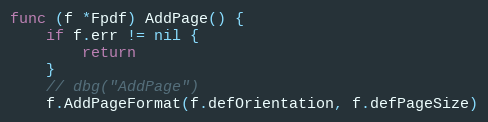
Language: Go
func (f *Fpdf) AddPage() {
	if f.err != nil {
		return
	}
	// dbg("AddPage")
	f.AddPageFormat(f.defOrientation, f.defPageSize)